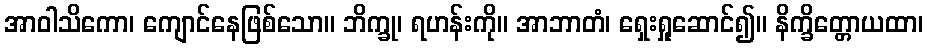
အာဝါသိကော၊ ကျောင်နေဖြစ်သော။ ဘိက္ခု၊ ရဟန်းကို။ အာဘာတံ၊ ရှေးရှုဆောင်၍။ နိက္ခိတ္တောယထာ၊